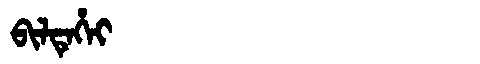
Manchu: ᠪᡳᠯᡨᡝᡥᡝᡳ
Romanization: BILTEHEI